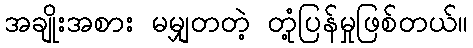
အချိုးအစား မမျှတတဲ့ တုံ့ပြန်မှုဖြစ်တယ်။